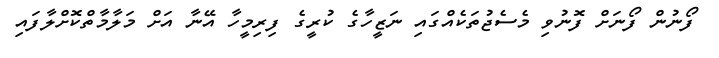
ފޯނުން ފޯނަށް ފޮނުވި މެސެޖުތަކެއްގައި ނަޒީހާގެ ކުރީގެ ފިރިމީހާ އޭނާ އަށް މަލާމާތްކޮށްލާފައި